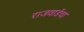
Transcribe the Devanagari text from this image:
राजवाडेंचा